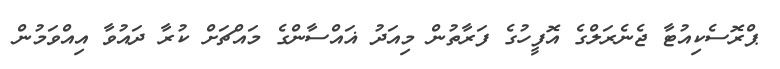
ޕްރޮސެކިއުޓާ ޖެނެރަލްގެ އޮފީހުގެ ފަރާތުން މިއަދު ޣައްސާންގެ މައްޗަށް ކުރާ ދައުވާ އިއްވަމުން